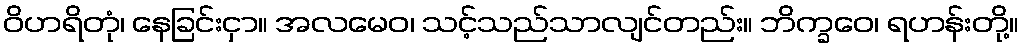
ဝိဟရိတုံ၊ နေခြင်းငှာ။ အလမေဝ၊ သင့်သည်သာလျင်တည်း။ ဘိက္ခဝေ၊ ရဟန်းတို့။